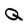
Character: Q